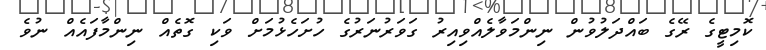
ކޮމިޓީގެ ރޭގެ ބައްދަލުވުން ނިންމަވާލެއްވިއިރު ގަވަރުނަރުގެ ހުށަހެޅުމަށް ވަކި ގޮތެއް ނިންމާފައެއް ނުވެ